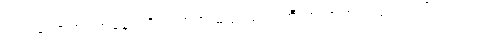
လက်ကောက်ဝတ်နေရာရှိ လက်ရာ မည်းမည်းကြီးက အထင်းသား ပေါ်လာသည်။